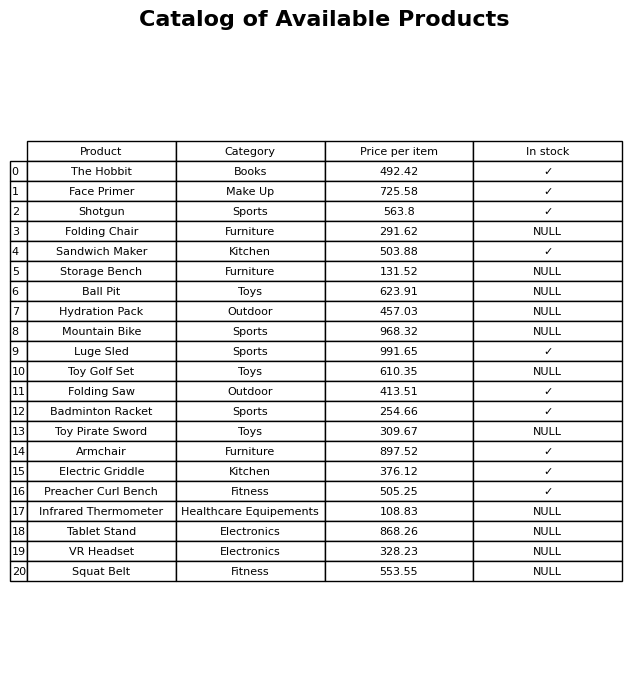
question: What is the price of the Toy Golf Set?
answer: The price of Toy Golf Set is 610.35.